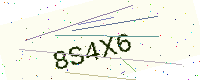
Text: 8S4X6